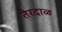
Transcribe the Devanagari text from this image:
तेरदाळ